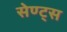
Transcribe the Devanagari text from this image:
सेण्ट्स